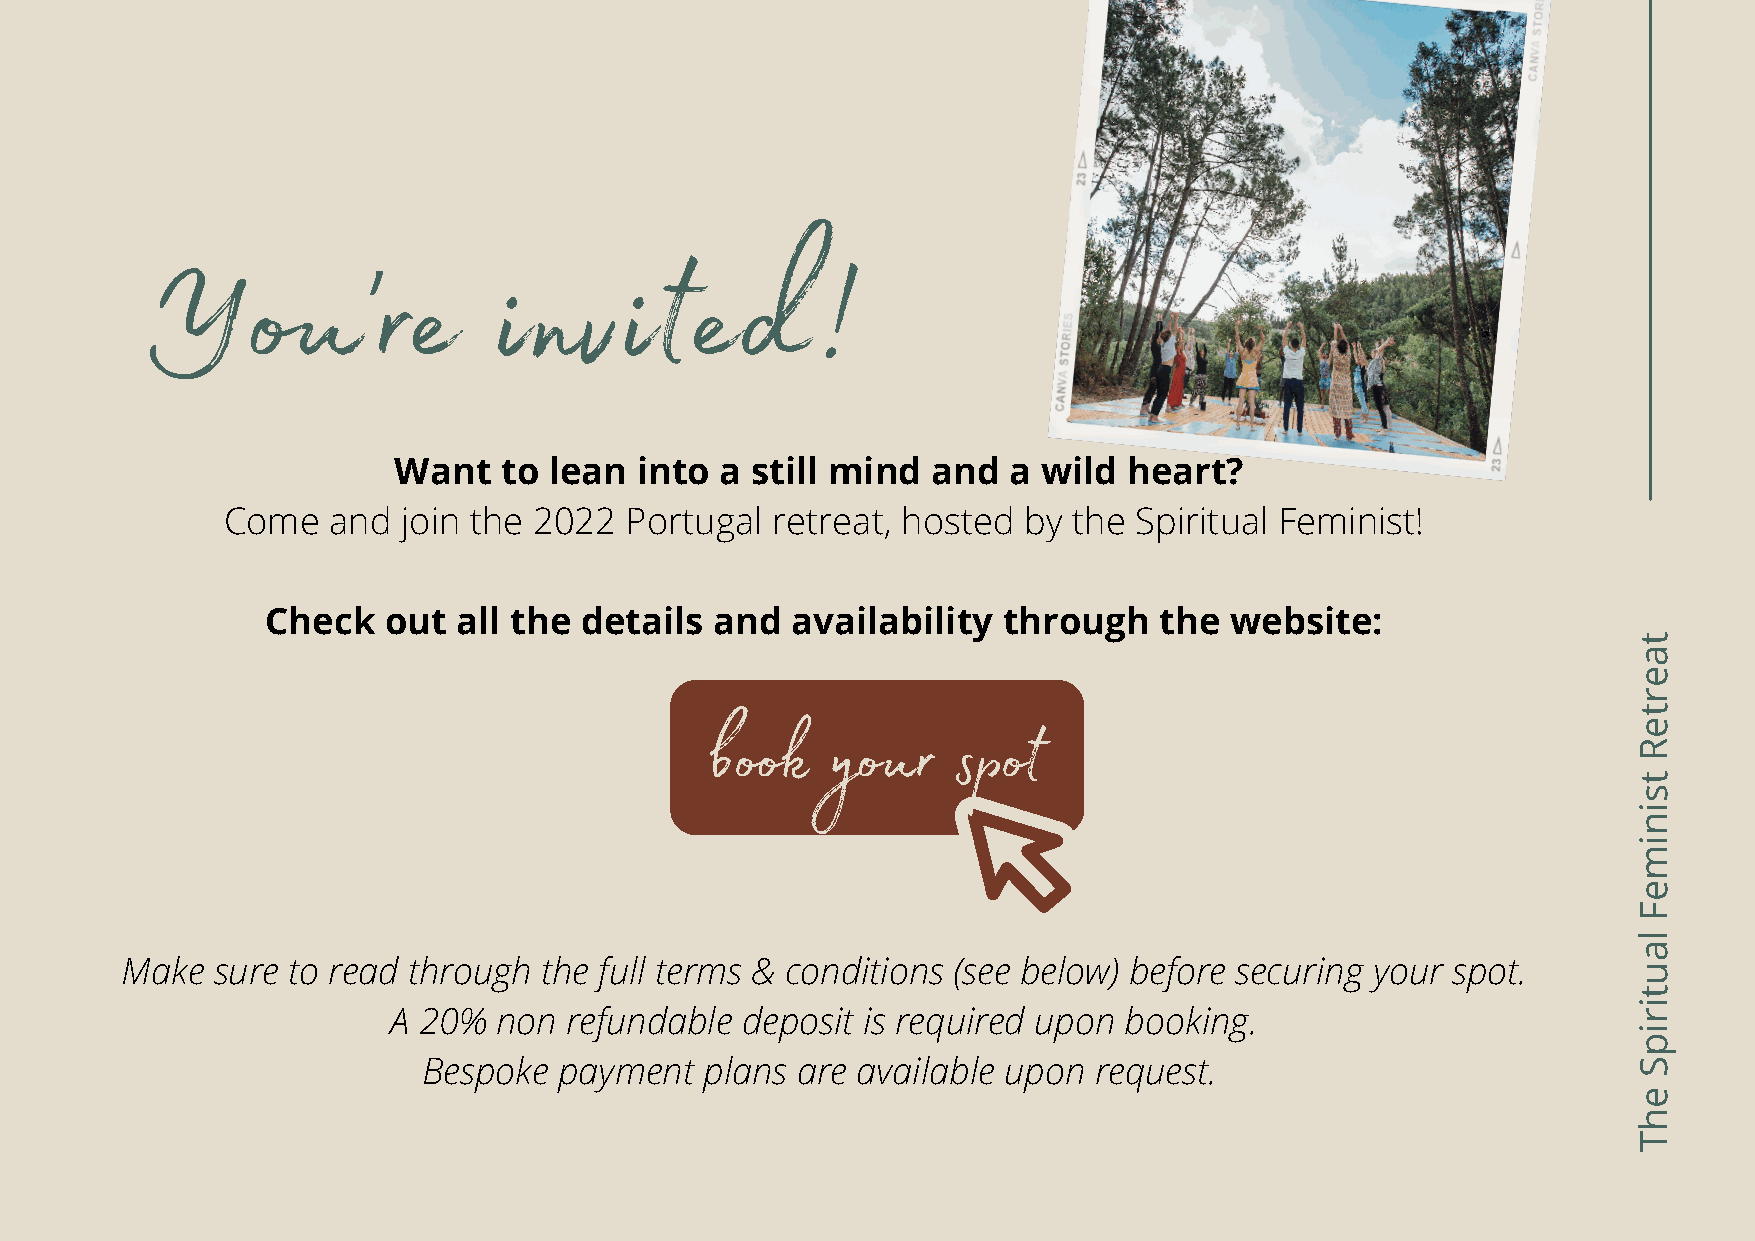
You're                 invited!
 Want   to lean  into  a still mind  and  a wild  heart?
 Come   and  join the 2022 Portugal  retreat, hosted  by the Spiritual Feminist!
 Check  out  all the details  and  availability  through    the website:
 t
 a
 e
 r
 t
 e
 book    your    spot                                          R
 t
 s
 i
 n
 i
 m
 e
 F
 l
 a
 Make  sure to read through  the full terms & conditions (see below) before securing your spot.       u
 t
 i
 A 20%  non refundable  deposit is required upon booking.                           r
 i
 p
 Bespoke  payment   plans are available upon request.                             S
 e
 h
 T